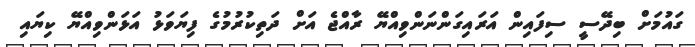
ގައުމަށް ބިދޭސީ ސިފައިން އަރައިގަންނަންވިއްޔޭ ރާއްޖެ އަށް ދަތިކުރުމުގެ ފިޔަވަޅު އަޅަންވިއްޔޭ ކިޔައި